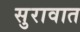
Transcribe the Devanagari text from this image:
सुरावात